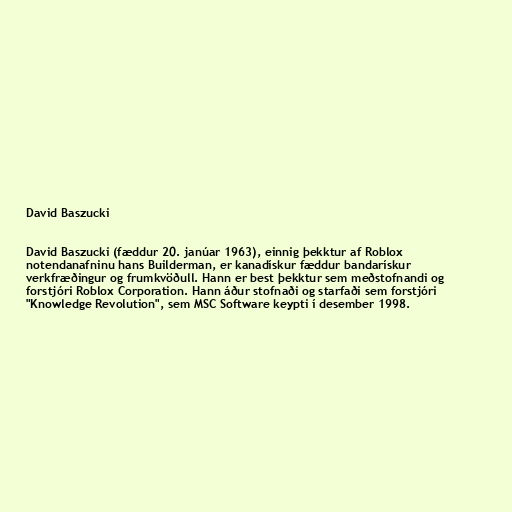
David Baszucki

David Baszucki (fæddur 20. janúar 1963), einnig þekktur af Roblox
notendanafninu hans Builderman, er kanadískur fæddur bandarískur
verkfræðingur og frumkvöðull. Hann er best þekktur sem meðstofnandi og
forstjóri Roblox Corporation. Hann áður stofnaði og starfaði sem forstjóri
"Knowledge Revolution", sem MSC Software keypti í desember 1998.